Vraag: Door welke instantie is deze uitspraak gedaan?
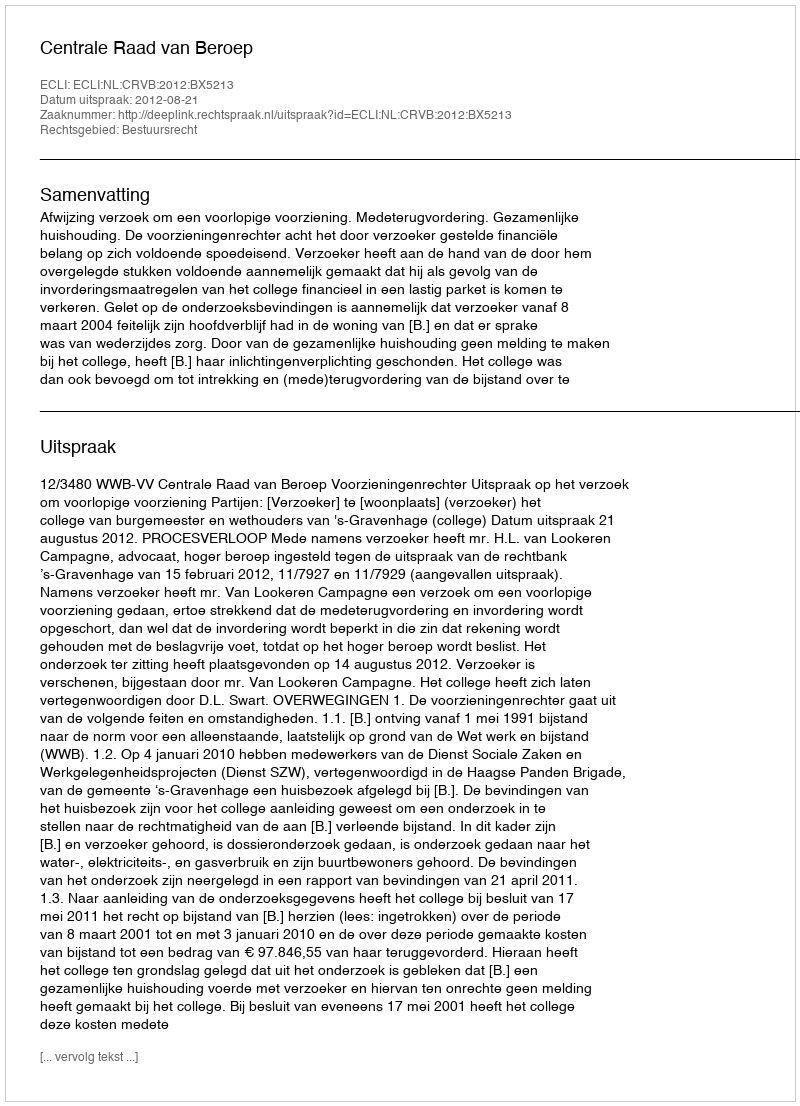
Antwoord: Centrale Raad van Beroep